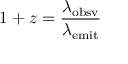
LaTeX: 1 + z = { \frac { \lambda _ { \mathrm { o b s v } } } { \lambda _ { \mathrm { e m i t } } } }